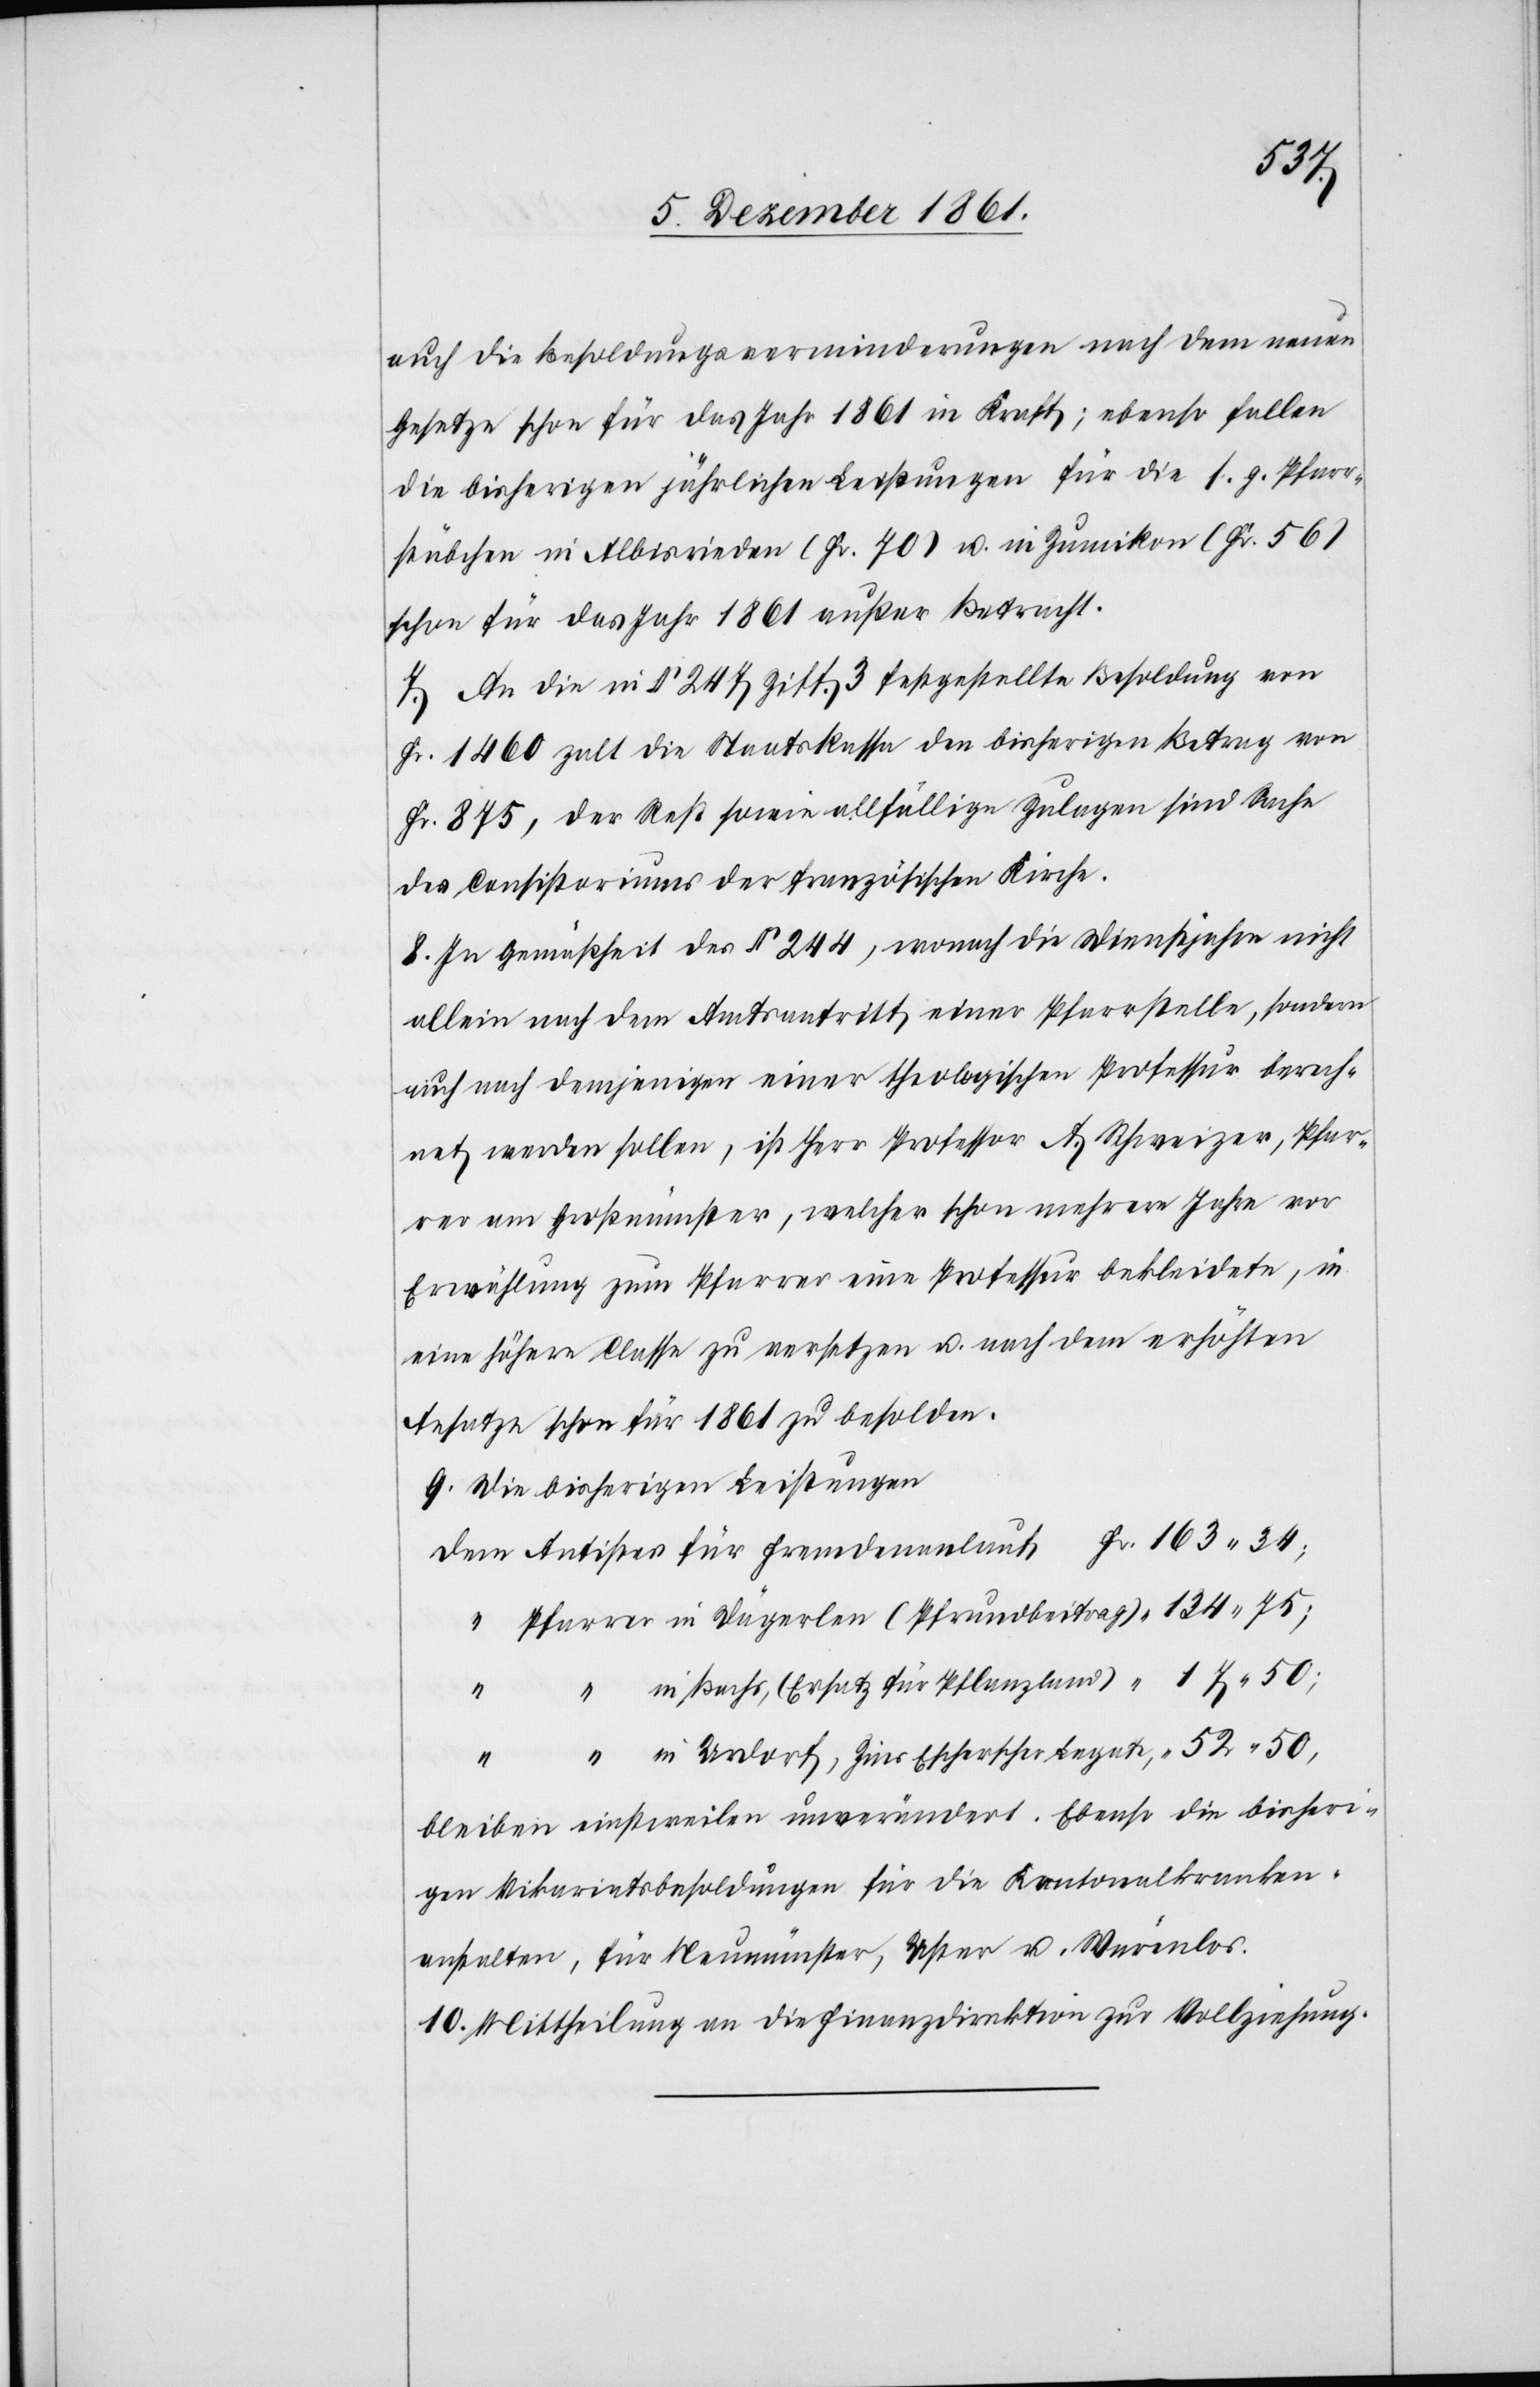
134.
auch die Besoldungsverminderungen nach dem neuen
Gesetze schon für das Jahr 1861 in Kraft; ebenso fallen
die bisherigen jährlichen Leistungen für die s. g. Pfarr¬
stübchen in Albisrieden (Fr. 70) u. in Zumikon (Fr. 56)
schon für das Jahr 1861 außer Betracht.
7. An die in § 247 Ziff. 3 festgestellte Besoldung von
Fr. 1460 zalt die Staatskassa den bisherigen Betrag von
Fr. 875, der Rest sowie allfällige Zulagen sind Sache
des Consistoriums der französischen Kirche.
8. In Gemäßheit des § 244, wonach die Dienstjahre nicht
allein nach dem Amtseintritt einer Pfarrstelle, sondern
auch nach demjenigen einer theologischen Professur berech¬
net werden sollen, ist Herr Professor A. Schweizer, Pfar¬
rer am Großmünster, welcher schon mehrere Jahre vor
Erwählung zum Pfarrer eine Professur bekleidete, in
eine höhere Classe zu versetzen u. nach dem erhöhten
Ansatze schon für 1861 zu besolden.
9. Die bisherigen Leistungen
Dem Antistes für Fremdenanlauf		Fr. 163. 34;
“	 Pfarrer in Dägerlen (Pfrundbeitrag)
“ in Bachs, (Ersatz für Pflanzland)		 “ 17. 50;
“ in Urdorf, Zins Escherscher Legate	 “ 52. 50;
bleiben einstweilen unverändert. Ebenso die bisheri¬
gen Vikariatsbesoldungen für die Kantonalkranken¬
anstalten, für Neumünster, Uster u. Würenlos.
10. Mittheilung an die Finanzdirektion zur Vollziehung.